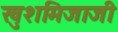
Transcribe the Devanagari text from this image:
खुशमिजाजी